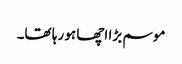
موسم بڑا اچھا ہو رہا تھا۔